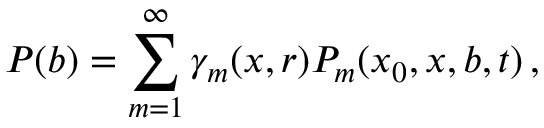
P ( b ) = \sum _ { m = 1 } ^ { \infty } \gamma _ { m } ( x , r ) P _ { m } ( x _ { 0 } , x , b , t ) \, ,